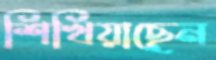
শিখিয়াছেন